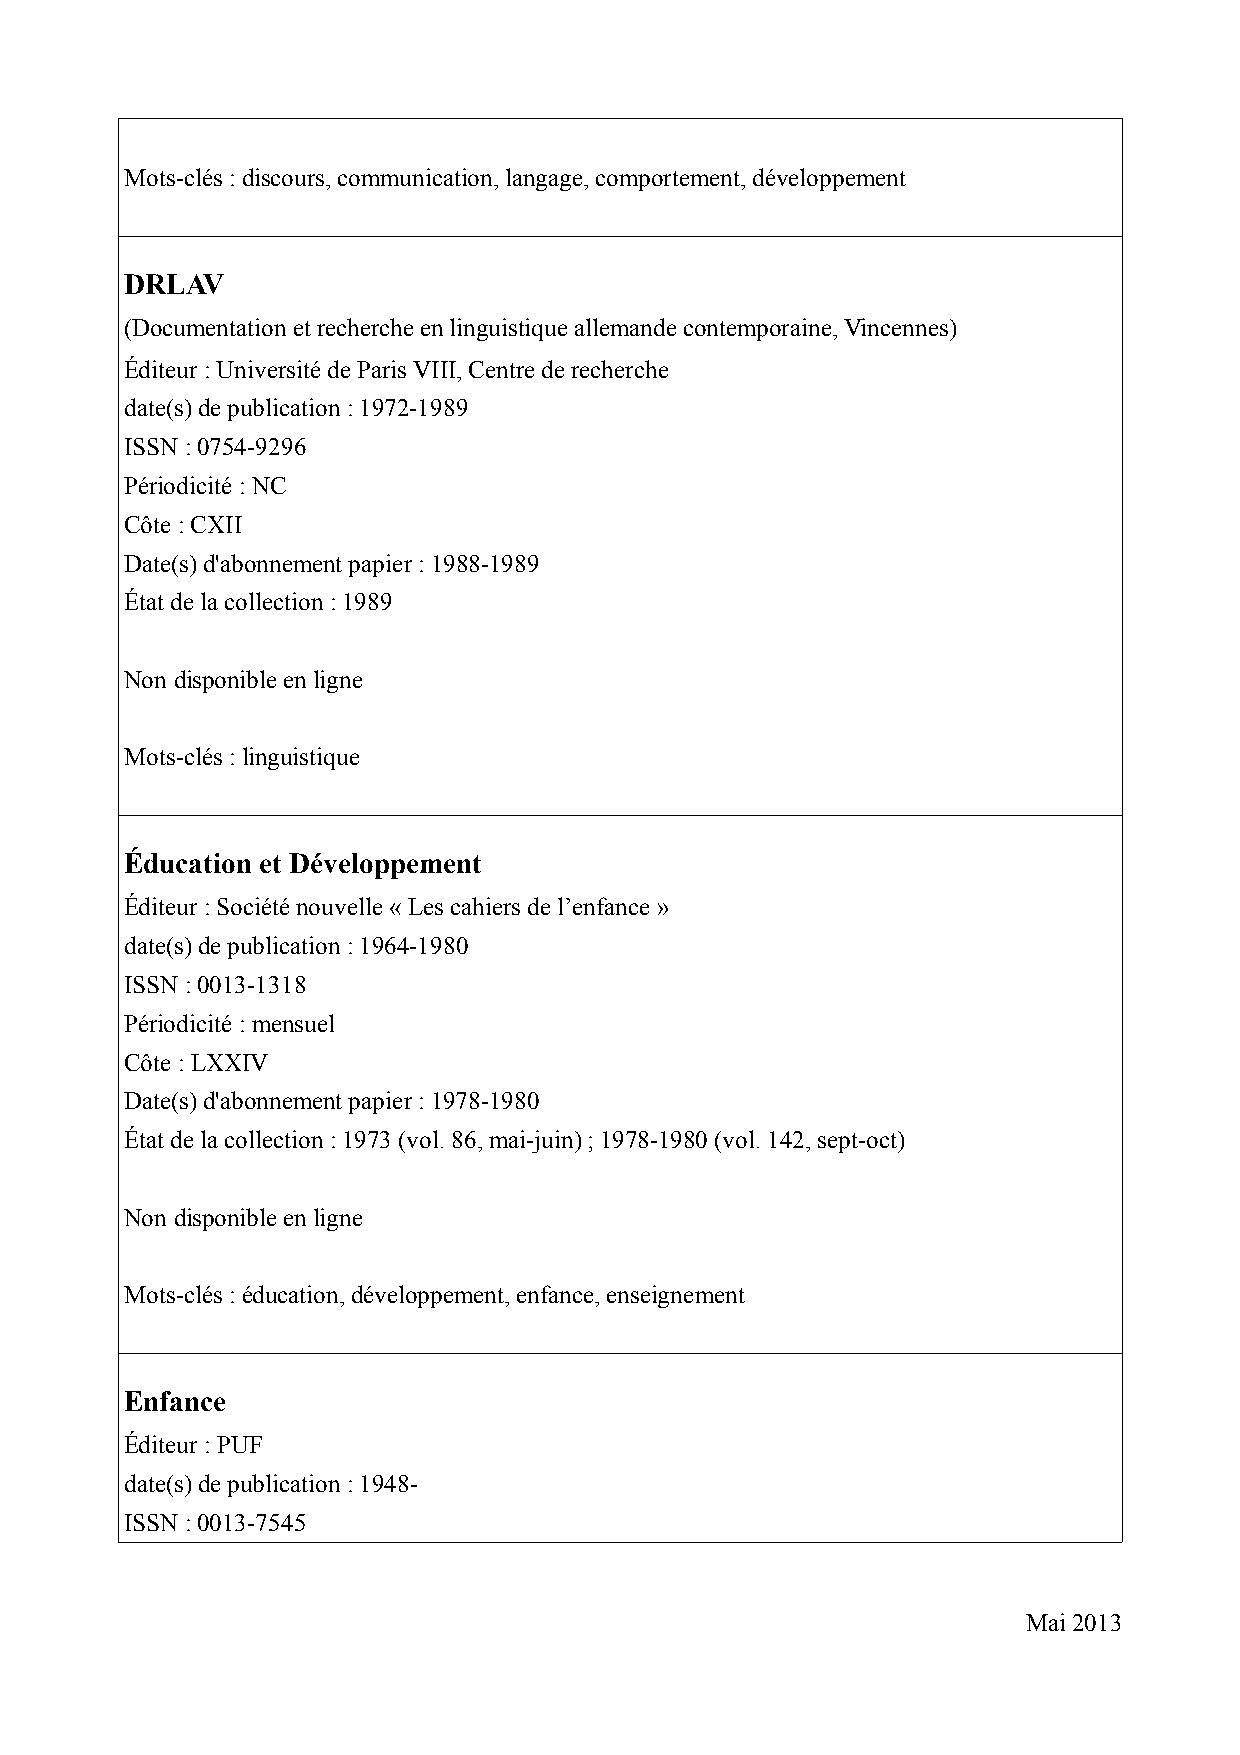
Mots-clés : discours, communication, langage, comportement, développement
 DRLAV
 (Documentation et recherche en linguistique allemande contemporaine, Vincennes)
 Éditeur : Universite de Paris VIII, Centre de recherche
 date(s) de publication : 1972-1989
 ISSN : 0754-9296
 Périodicité : NC
 Côte : CXII
 Date(s) d'abonnement papier : 1988-1989
 État de la collection : 1989
 Non disponible en ligne
 Mots-clés : linguistique
 Éducation et Développement
 Éditeur : Societe nouvelle « Les cahiers de l’enfance »
 date(s) de publication : 1964-1980
 ISSN : 0013-1318
 Périodicité : mensuel
 Côte : LXXIV
 Date(s) d'abonnement papier : 1978-1980
 État de la collection : 1973 (vol. 86, mai-juin) ; 1978-1980 (vol. 142, sept-oct)
 Non disponible en ligne
 Mots-clés : éducation, développement, enfance, enseignement
 Enfance
 Éditeur : PUF
 date(s) de publication : 1948-
 ISSN : 0013-7545
 Mai 2013